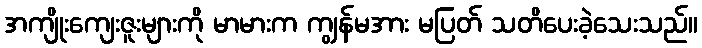
အကျိုးကျေးဇူးများကို မာမားက ကျွန်မအား မပြတ် သတိပေးခဲ့သေးသည်။